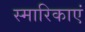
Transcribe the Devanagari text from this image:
स्मारिकाएं